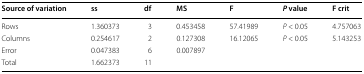
<table><thead><tr><td><b>Source of variation</b></td><td><b>ss</b></td><td><b>df</b></td><td><b>MS</b></td><td><b>F</b></td><td><b><i>P</i> value</b></td><td><b>F crit</b></td></tr></thead><tbody><tr><td>Rows</td><td>1.360373</td><td>3</td><td>0.453458</td><td>57.41989</td><td><i>P</i> &lt; 0.05</td><td>4.757063</td></tr><tr><td>Columns</td><td>0.254617</td><td>2</td><td>0.127308</td><td>16.12065</td><td><i>P</i> &lt; 0.05</td><td>5.143253</td></tr><tr><td>Error</td><td>0.047383</td><td>6</td><td>0.007897</td><td></td><td></td><td></td></tr><tr><td>Total</td><td>1.662373</td><td>11</td><td></td><td></td><td></td><td></td></tr></tbody></table>